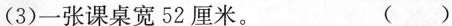
(3)一张课桌宽52厘米。 ( )